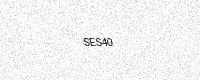
Text: SES40